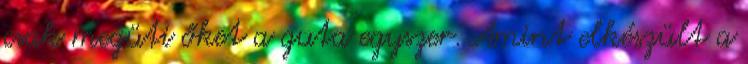
csak megüti őket a guta egyszer. Amint elkészült a